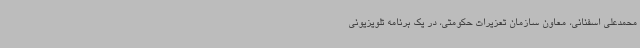
محمدعلی اسفنانی، معاون سازمان تعزیرات حکومتی، در یک برنامه تلویزیونی